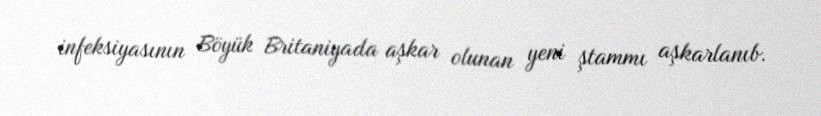
infeksiyasının Böyük Britaniyada aşkar olunan yeni ştammı aşkarlanıb.